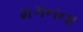
મગનના